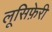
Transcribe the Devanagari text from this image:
लूसिफ़ेरी